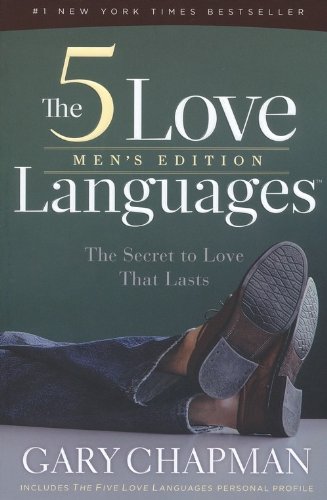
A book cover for The 5 Love Languages Men's Edition: The Secret to Love That Lasts; Gary D Chapman; Christian Books & Bibles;